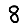
Digit: 8